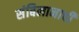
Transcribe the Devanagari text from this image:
संबिलानाची